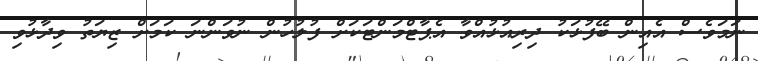
ނަމަވެސް އެއިން ބޭފުޅަކު ދިރިއުޅުއްވާ އެޕާޓްމަންޓަކަށް ފުލުހުން ނުވަންނަ ކަމަށް ޒިޔަތު ވިދާޅުވި